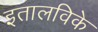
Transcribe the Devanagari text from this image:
इतालविके